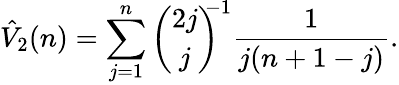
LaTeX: \hat{V}_{2}(n)=\sum_{j=1}^{n}{\binom{2j}{j}}^{\! \! \! -1}\frac{1}{j(n+1-j)}.